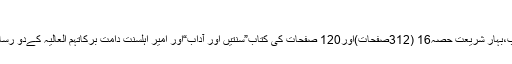
(فتاویٰ رضویہ ،۲۱/۶۵۲)
طرح طرح کی ہزاروں سُنّتیں سیکھنے کے لئے مکتبۃُ المدینہ کی دو کُتُب،بہارِ شریعت حصّہ16 (312صفحات)اور120 صَفَحات کی کتاب”سُنّتیں اور آداب“اور امیرِ اہلسنت دَامَتْ بَرَکاتُہُمُ الْعَالِیَہ کےدو رسالے”101مدنی پھول“اور”163مدنی پھول“ھدِيَّةً حاصِل کیجئےاور پڑھئے۔